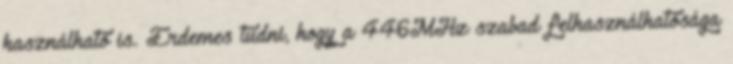
használható is. Érdemes tudni, hogy a 446MHz szabad felhasználhatósága